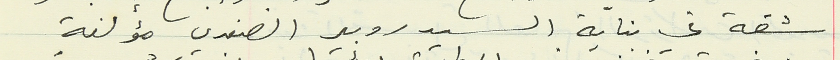
شقة في بناية السيد روبير الصفدي مؤلفة